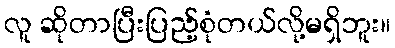
လူ ဆိုတာပြီးပြည့်စုံတယ်လို့မရှိဘူး။